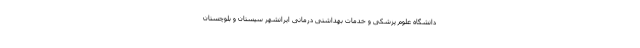
دانشگاه علوم پزشکی و خدمات بهداشتی درمانی ایرانشهر سیستان و بلوچستان